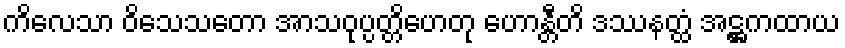
ကိလေသာ ဝိသေသတော အာသဝုပ္ပတ္တိဟေတု ဟောန္တီတိ ဒဿနတ္ထံ အဋ္ဌကထာယ